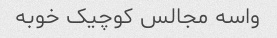
واسه مجالس کوچیک خوبه